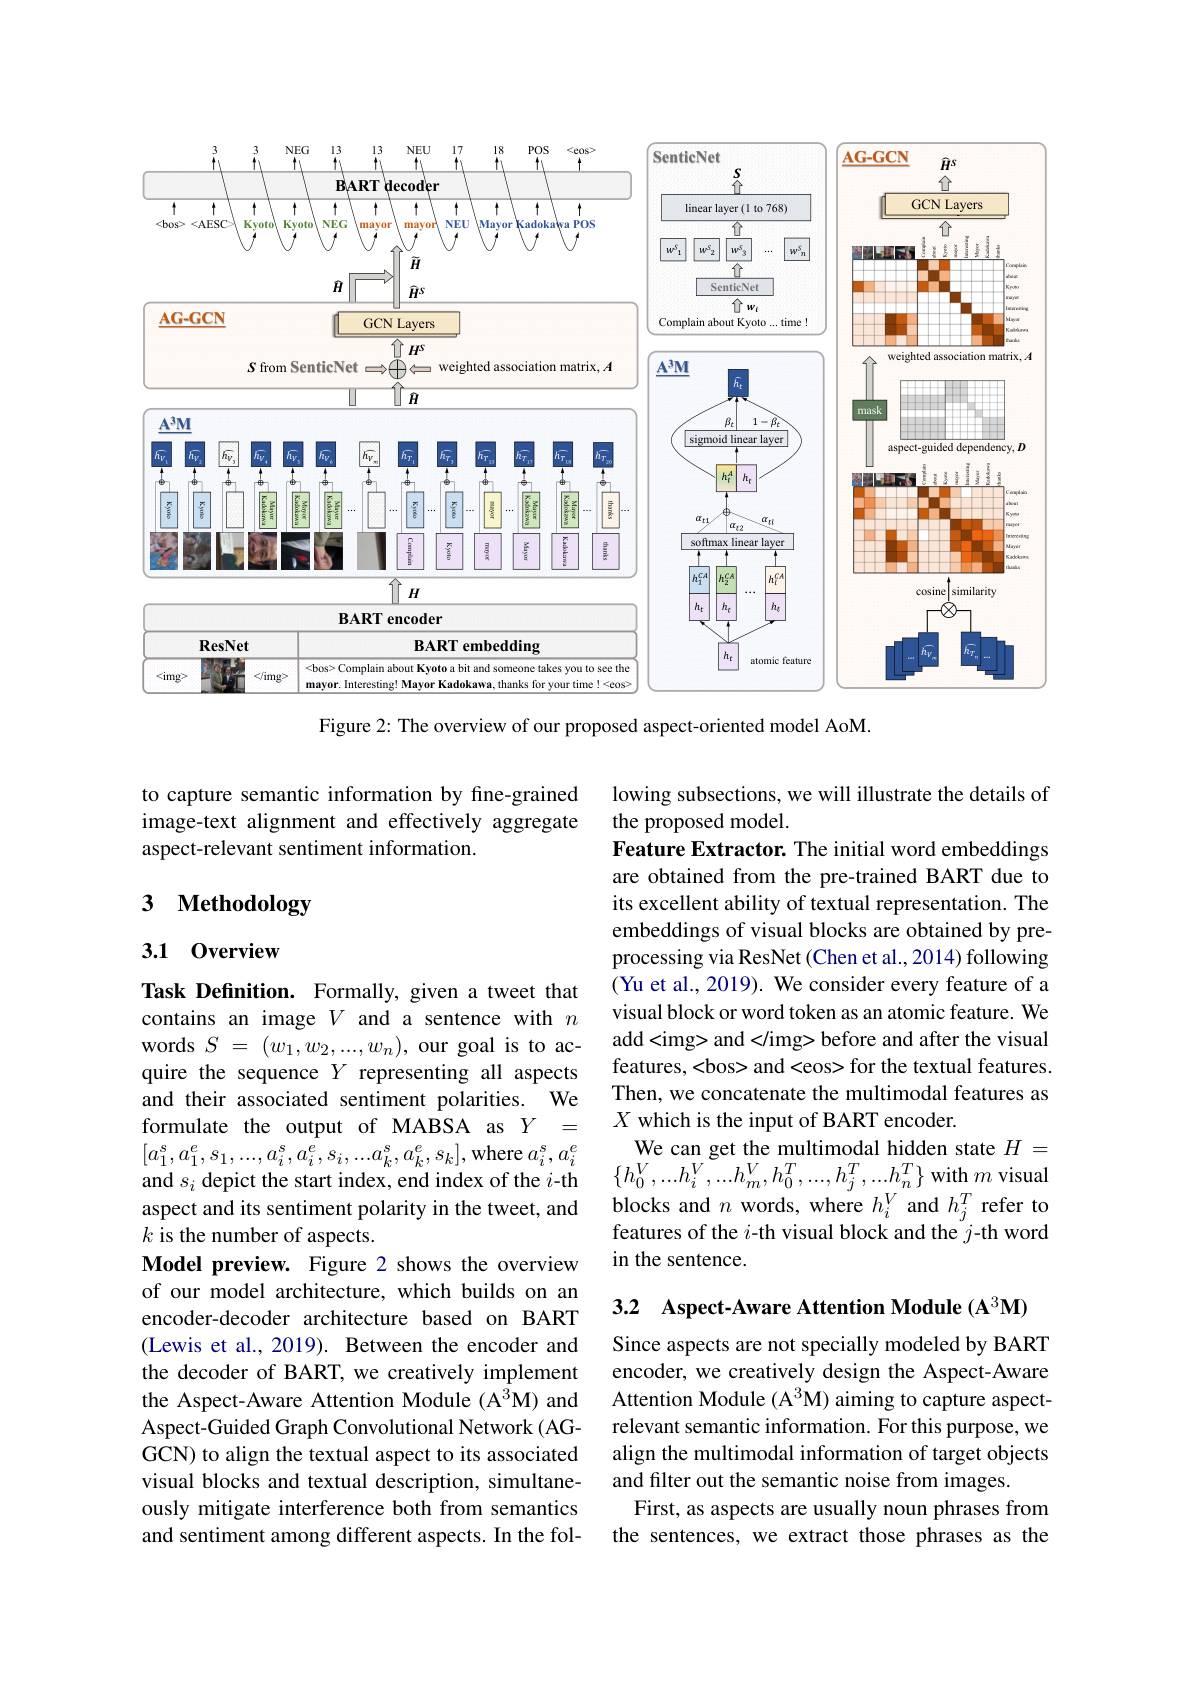
<FigureHere>

Figure 2: The overview of our proposed aspect-oriented model AoM.

to capture semantic information by fine-grained image-text alignment and effectively aggregate aspect-relevant sentiment information.

# 3 Methodology

## 3.1 0verview

lowing subsections, we will illustrate the details of
the proposed model.
Feature Extractor. The initial word embeddings are obtained from the pre-trained BART due to its excellent ability of textual representation. The embeddings of visual blocks are obtained by preprocessing via ResNet (Chen et al., 2014) following (Yu et al., 2019). We consider every feature of a visual block or word token as an atomic feature. We add and</img> before and after the visual features,<bos> and<eos> for the textual features. Then, we concatenate the multimodal features as $X$ which is the input of BART encoder.
We can get the multimodal hidden state $H=$ $\{h_{0}^{V},...h_{i}^{V},...h_{m}^{V},h_{0}^{T},...,h_{j}^{T},...h_{n}^{T}\}$ with $m$ visual blocks and $n$ words, where $h_i^V$ and $h_j^T$ refer to features of the $i$-th visual block and the $j$-th word in the sentence.

Task Definition. Formally, given a tweet that contains an image $V$ and a sentence with $n$ words $S$ = $( w_{1}, w_{2}, . . . , w_{n}) $, our goal is to acquire the sequence $Y$ representing all aspects and their associated sentiment polarities. We formulate the output of MABSA as $Y=$ $[a_{1}^{s},a_{1}^{e},s_{1},...,a_{i}^{s},a_{i}^{e},s_{i},...a_{k}^{s},a_{k}^{e},s_{k}]$,where $a_{i}^{s},a_{i}^{e}$ and $s_i$ depict the start index, end index of the $i$-th aspect and its sentiment polarity in the tweet, and $k$ is the number of aspects.
Model preview. Figure 2 shows the overview of our model architecture, which builds on an encoder-decoder architecture based on BART (Lewis et al., 2019). Between the encoder and the decoder of BART, we creatively implement the Aspect-Aware Attention Module (A$^3$M) and Aspect-Guided Graph Convolutional Network (AGGCN) to align the textual aspect to its associated visual blocks and textual description, simultaneously mitigate interference both from semantics and sentiment among different aspects. In the fol-

3.2 Aspect-Aware Attention Module (A$^3\mathbf{M})$

Since aspects are not specially modeled by BART encoder, we creatively design the Aspect-Aware Attention Module (A$^3$M) aiming to capture aspectrelevant semantic information. For this purpose, we align the multimodal information of target objects and filter out the semantic noise from images.
First, as aspects are usually noun phrases from the sentences, we extract those phrases as the